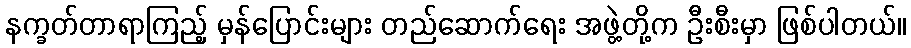
နက္ခတ်တာရာကြည့် မှန်ပြောင်းများ တည်ဆောက်ရေး အဖွဲ့တို့က ဦးစီးမှာ ဖြစ်ပါတယ်။